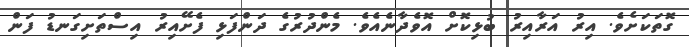
ގޮތަކަށެވެ. އިރު އަރާއިރު ބުޅިކޮށް އޮވެދާނެއެވެ. މެންދުރުގެ ދަންފަޅި ފެށޭއިރު އިސްތަށިގަނޑު ފަން